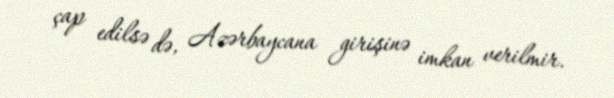
çap edilsə də, Azərbaycana girişinə imkan verilmir.